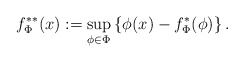
\begin{align*}f^{**}_\Phi (x):= \sup_{\phi\in\Phi}\left\{ \phi (x) - f^*_{\Phi} (\phi)\right\}.\end{align*}